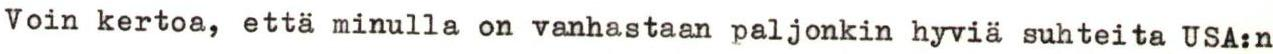
Voin kertoa, että minulla on vanhastaan paljonkin hyviä suhteita USA:n